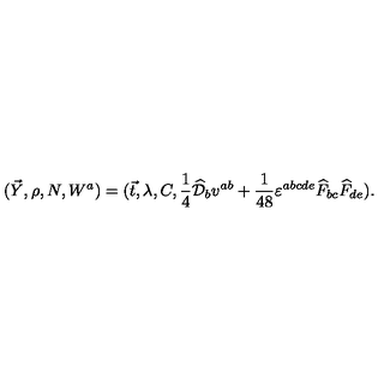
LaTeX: ( \vec { Y } , \rho , N , W ^ { a } ) = ( \vec { t } , \lambda , C , \frac { 1 } { 4 } \widehat { \cal D } _ { b } v ^ { a b } + \frac { 1 } { 4 8 } \varepsilon ^ { a b c d e } \widehat { F } _ { b c } \widehat { F } _ { d e } ) .